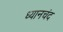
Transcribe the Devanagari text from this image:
ध्‍यानचंद